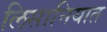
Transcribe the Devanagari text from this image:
लिसानियात